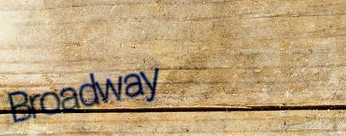
Broadway